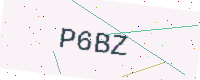
Text: P6BZ